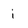
Character: i